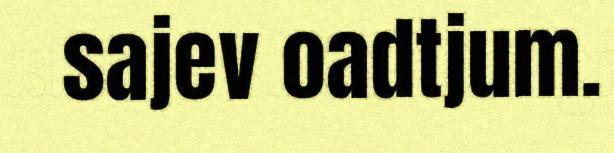
sajev oadtjum.